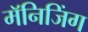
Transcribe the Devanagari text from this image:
मॅनिजिंग